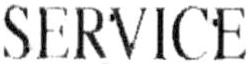
SERVICE